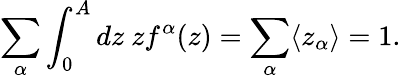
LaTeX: \sum_{\alpha}\int_{0}^{A}dz~zf^{\alpha}(z)=\sum_{\alpha}\langle z_{\alpha}\rangle=1.